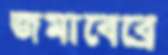
জমাবেব্রে